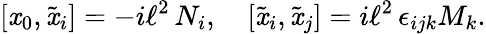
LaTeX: [\mathit{x}_{0},\tilde{{\mathit{x}}}_{i}]=-i\ell^{2}\, N_{i},\quad[\tilde{{\mathit{x}}}_{i},\tilde{{\mathit{x}}}_{j}]=i\ell^{2}\, \epsilon_{ijk}M_{k}.